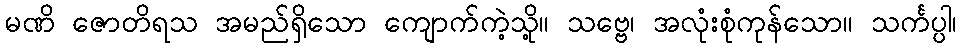
မဏိ ဇောတိရသ အမည်ရှိသော ကျောက်ကဲ့သို့။ သဗ္ဗေ၊ အလုံးစုံကုန်သော။ သင်္ကပ္ပါ၊